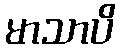
မာသာပိ